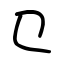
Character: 㔾